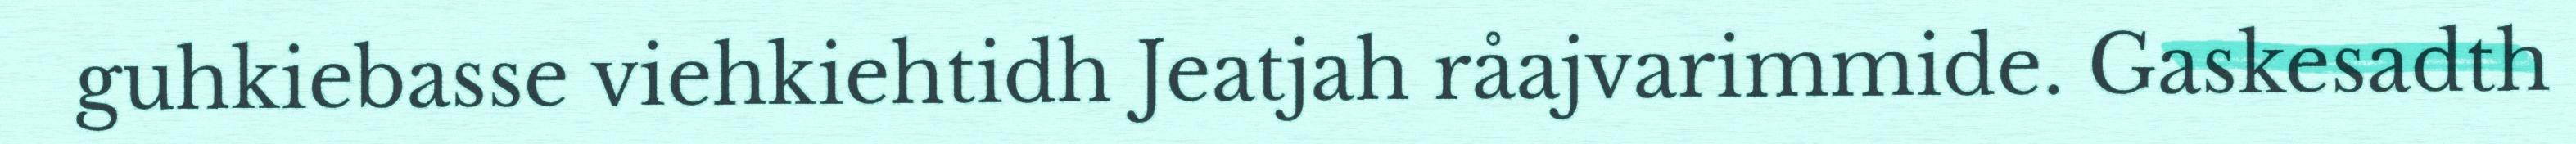
guhkiebasse viehkiehtidh Jeatjah råajvarimmide. Gaskesadth